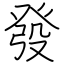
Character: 發